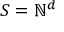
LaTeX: S = \mathbb { N } ^ { d }